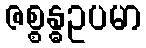
ဇစ္စန္ဓဥပမာ